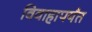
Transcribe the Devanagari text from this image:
विवाहापर्यंत